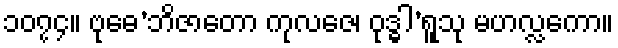
၁၀၇၄။ ဗုဓေ’ဘိဇာတော ကုလဇေ၊ ဝုဒ္ဓါ’ရူသု မဟလ္လကော။